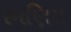
રમણિય